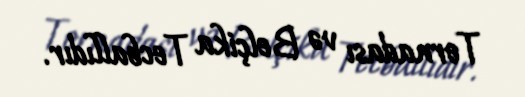
Tornadası və Belçika Tecballıdır.